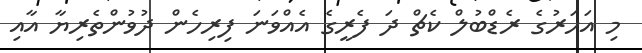
މި އަހަރުގެ ރެޑްބުލް ކެޗް ދަ ފެރީގެ އެއްވަނަ ފިރިހެން ދުވުންތެރިޔާ އާއި